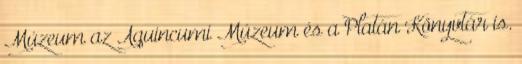
Múzeum az Aquincumi Múzeum és a Platán Könyvtár is.